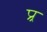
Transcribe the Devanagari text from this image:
प्र्र